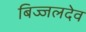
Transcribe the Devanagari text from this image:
बिज्जलदेव